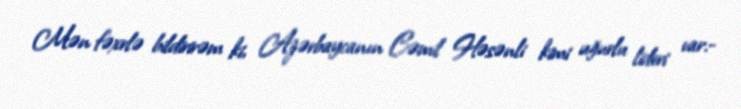
Mən fəxrlə bildirirəm ki, Azərbaycanın Cəmil Həsənli kimi uğurlu lideri var.-